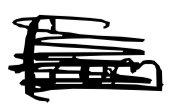
Text: from
Cross-out: scratch
Writing tool: digital_black